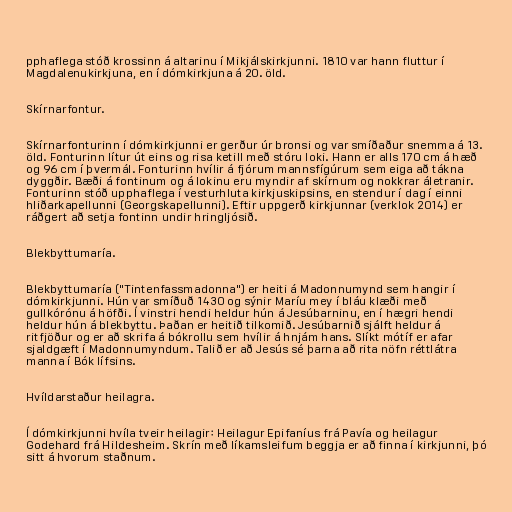
pphaflega stóð krossinn á altarinu í Mikjálskirkjunni. 1810 var hann fluttur í
Magdalenukirkjuna, en í dómkirkjuna á 20. öld.

Skírnarfontur.

Skírnarfonturinn í dómkirkjunni er gerður úr bronsi og var smíðaður snemma á 13.
öld. Fonturinn lítur út eins og risa ketill með stóru loki. Hann er alls 170 cm á hæð
og 96 cm í þvermál. Fonturinn hvílir á fjórum mannsfígúrum sem eiga að tákna
dyggðir. Bæði á fontinum og á lokinu eru myndir af skírnum og nokkrar áletranir.
Fonturinn stóð upphaflega í vesturhluta kirkjuskipsins, en stendur í dag í einni
hliðarkapellunni (Georgskapellunni). Eftir uppgerð kirkjunnar (verklok 2014) er
ráðgert að setja fontinn undir hringljósið.

Blekbyttumaría.

Blekbyttumaría ("Tintenfassmadonna") er heiti á Madonnumynd sem hangir í
dómkirkjunni. Hún var smíðuð 1430 og sýnir Maríu mey í bláu klæði með
gullkórónu á höfði. Í vinstri hendi heldur hún á Jesúbarninu, en í hægri hendi
heldur hún á blekbyttu. Þaðan er heitið tilkomið. Jesúbarnið sjálft heldur á
ritfjöður og er að skrifa á bókrollu sem hvílir á hnjám hans. Slíkt mótíf er afar
sjaldgæft í Madonnumyndum. Talið er að Jesús sé þarna að rita nöfn réttlátra
manna í Bók lífsins.

Hvíldarstaður heilagra.

Í dómkirkjunni hvíla tveir heilagir: Heilagur Epifaníus frá Pavía og heilagur
Godehard frá Hildesheim. Skrín með líkamsleifum beggja er að finna í kirkjunni, þó
sitt á hvorum staðnum.